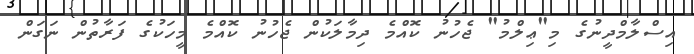
އިސްލާމްދީނުގެ މި"ޢިލްމު" ޖެހުނު ކޮއްމެ ދިމާލަކުން ޖެހުނު ކޮއްމެ މީހަކުގެ ފަރާތުން ނަގަން